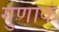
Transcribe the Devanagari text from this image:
गुणाकं